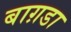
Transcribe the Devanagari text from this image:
बाग़डा